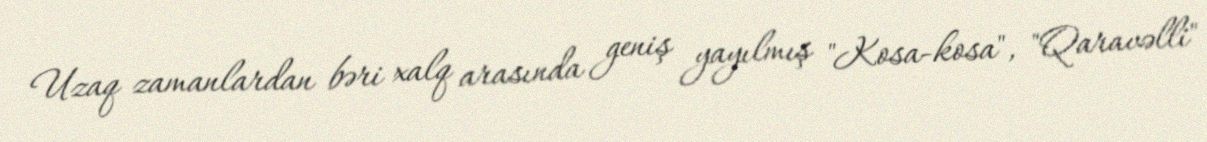
Uzaq zamanlardan bəri xalq arasında geniş yayılmış "Kosa-kosa", "Qaravəlli"